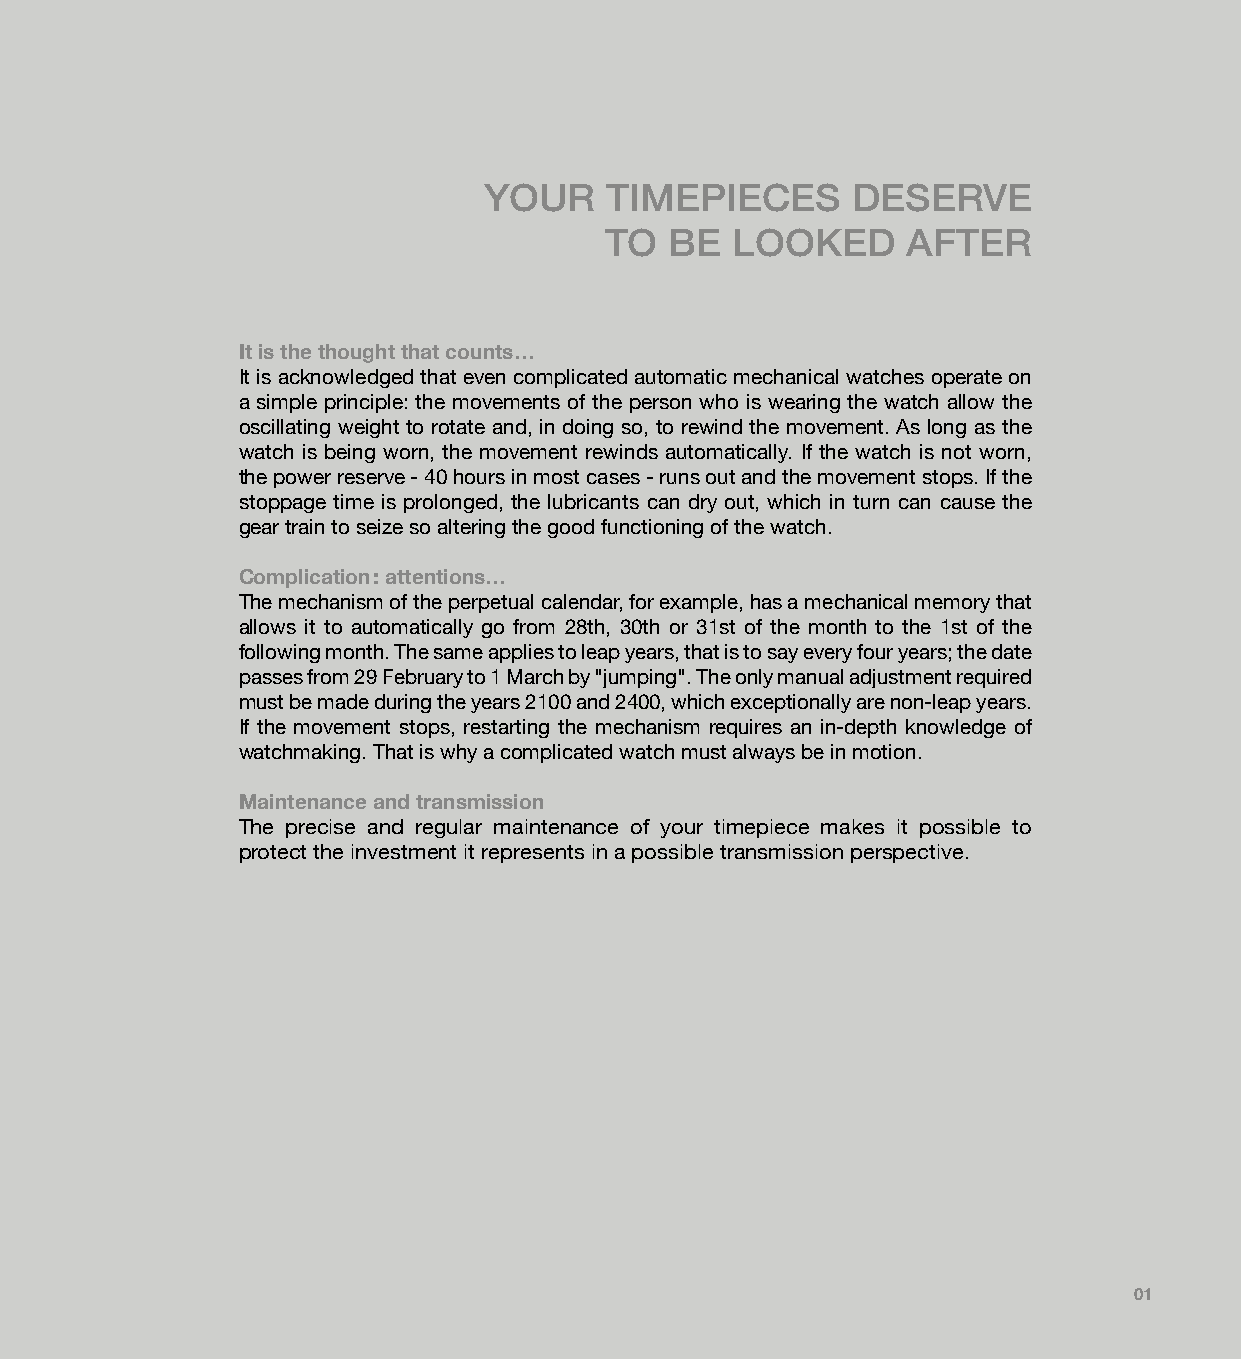
YOUR    TIMEPIECES      DESERVE
 TO  BE  LOOKED      AFTER
 It is the thought that counts…
 It is acknowledged that even complicated automatic mechanical watches operate on
 a simple principle: the movements of the person who is wearing the watch allow the
 oscillating weight to rotate and, in doing so, to rewind the movement. As long as the
 watch is being worn, the movement rewinds automatically. If the watch is not worn,
 the power reserve - 40 hours in most cases - runs out and the movement stops. If the
 stoppage time is prolonged, the lubricants can dry out, which in turn can cause the
 gear train to seize so altering the good functioning of the watch.
 Complication : attentions…
 The mechanism of the perpetual calendar, for example, has a mechanical memory that
 allows it to automatically go from 28th, 30th or 31st of the month to the 1st of the
 following month. The same applies to leap years, that is to say every four years; the date
 passes from 29 February to 1 March by "jumping". The only manual adjustment required
 must be made during the years 2100 and 2400, which exceptionally are non-leap years.
 If the movement stops, restarting the mechanism requires an in-depth knowledge of
 watchmaking. That is why a complicated watch must always be in motion.
 Maintenance and transmission
 The precise and regular maintenance of your timepiece makes it possible to
 protect the investment it represents in a possible transmission perspective.
 01